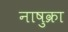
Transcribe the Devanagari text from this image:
नाषुक्रा